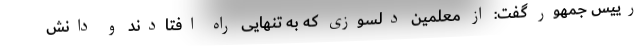
رییس جمهور گفت: از معلمین دلسوزی که به تنهایی راه افتادند و دانش